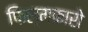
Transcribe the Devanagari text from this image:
फिल्मकारो